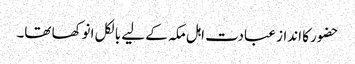
حضور کا انداز عبادت اہل مکہ کے لیے بالکل انوکھا تھا۔